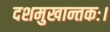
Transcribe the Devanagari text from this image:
दशमुखान्तकः।